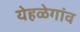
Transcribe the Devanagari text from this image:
येहळेगांव